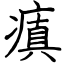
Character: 瘨